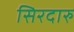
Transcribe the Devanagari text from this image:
सिरदारु